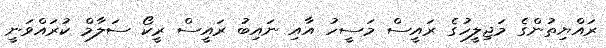
ރައްޔިތުންގެ މަޖިލީހުގެ ރައީސް މަސީހު އާއި ނައިބު ރައީސް ރީކޯ ސަލާމް ކުރައްވަނީ